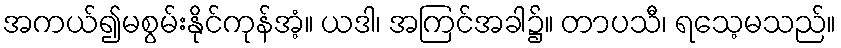
အကယ်၍မစွမ်းနိုင်ကုန်အံ့။ ယဒါ၊ အကြင်အခါ၌။ တာပသီ၊ ရသေ့မသည်။